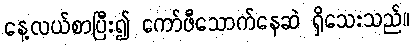
နေ့လယ်စာပြီး၍ ကော်ဖီသောက်နေဆဲ ရှိသေးသည်။